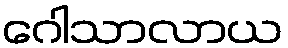
ဂေါသာလာယ